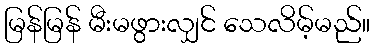
မြန်မြန် မီးမဖွားလျှင် သေလိမ့်မည်။